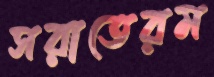
সরাতেরম